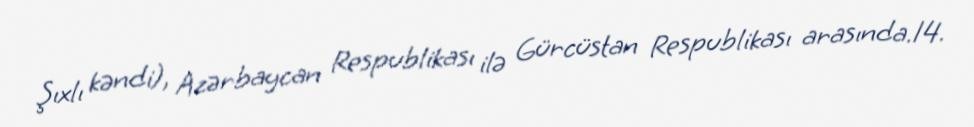
Şıxlı kəndi), Azərbaycan Respublikası ilə Gürcüstan Respublikası arasında.14.